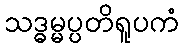
သဒ္ဓမ္မပ္ပတိရူပကံ